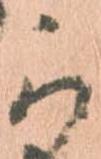
可